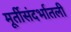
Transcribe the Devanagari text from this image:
मूर्तीसंदर्भातली